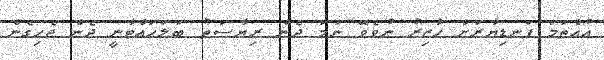
އުއްތަމަ ފަނޑިޔާރަށް ހާޒިރު ނުވެވޭ ނަމަ ދެން ރިޔާސަތު ބަލަހައްޓާނީ ދެން ޖެހިގެން